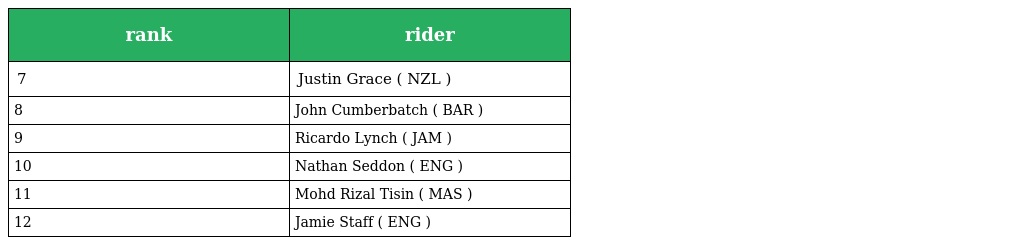
| rank | rider |
 | --- | --- |
 | 7 | Justin Grace ( NZL ) |
 | 8 | John Cumberbatch ( BAR ) |
 | 9 | Ricardo Lynch ( JAM ) |
 | 10 | Nathan Seddon ( ENG ) |
 | 11 | Mohd Rizal Tisin ( MAS ) |
 | 12 | Jamie Staff ( ENG ) |